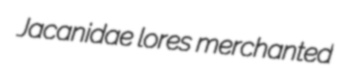
Jacanidae lores merchanted